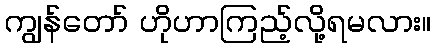
ကျွန်တော် ဟိုဟာကြည့်လို့ရမလား။